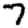
Digit: 7